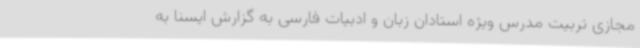
مجازی تربیت مدرس ویژه استادان زبان و ادبیات فارسی به گزارش ایسنا به